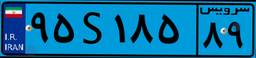
۹۵S۱۸۵۸۹